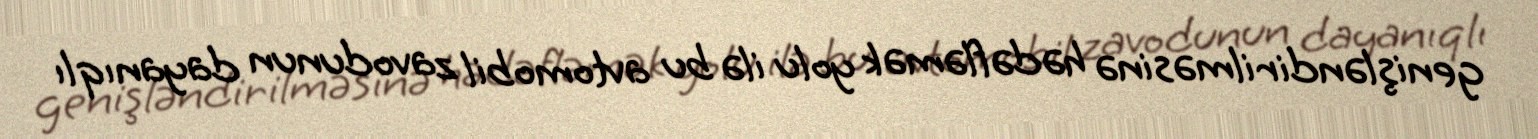
genişləndirilməsinə hədəfləmək yolu ilə bu avtomobil zavodunun dayanıqlı